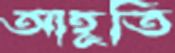
আহূতি